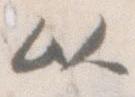
以